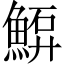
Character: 𩸷